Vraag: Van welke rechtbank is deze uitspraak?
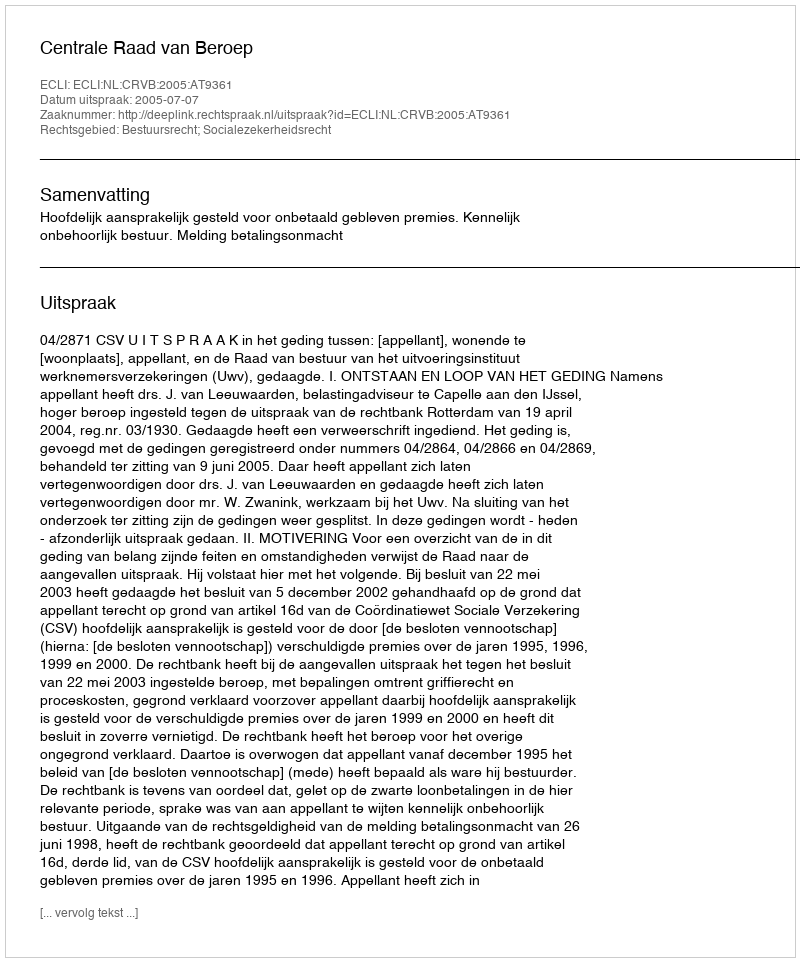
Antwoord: Centrale Raad van Beroep